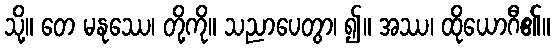
သို့။ တေ မနုဿေ၊ တို့ကို။ သညာပေတွာ၊ ၍။ အဿ၊ ထိုယောဂီ၏။